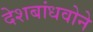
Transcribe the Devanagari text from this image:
देशबांधवोने